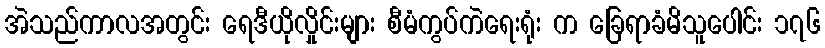
အဲသည်ကာလအတွင်း ရေဒီယိုလှိုင်းများ စီမံကွပ်ကဲရေးရုံး က ခြေရာခံမိသူပေါင်း ၁၇၆